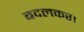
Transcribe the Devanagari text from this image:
बदलकर।